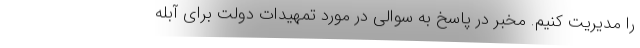
را مدیریت کنیم. مخبر در پاسخ به سوالی در مورد تمهیدات دولت برای آبله